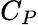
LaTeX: C_{P}